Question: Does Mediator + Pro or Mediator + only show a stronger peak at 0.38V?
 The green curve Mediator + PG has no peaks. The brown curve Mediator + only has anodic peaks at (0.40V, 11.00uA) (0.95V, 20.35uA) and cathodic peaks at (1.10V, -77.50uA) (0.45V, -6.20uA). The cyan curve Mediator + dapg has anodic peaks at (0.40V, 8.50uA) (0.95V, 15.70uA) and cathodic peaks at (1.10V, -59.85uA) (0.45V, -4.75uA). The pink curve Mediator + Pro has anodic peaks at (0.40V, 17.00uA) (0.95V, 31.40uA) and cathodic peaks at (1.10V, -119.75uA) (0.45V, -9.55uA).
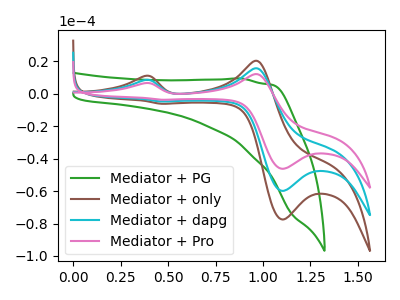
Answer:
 <answer>The peak at 0.38V is higher in "Mediator + Pro" than in "Mediator + only".</answer>
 <eval>higher</eval>